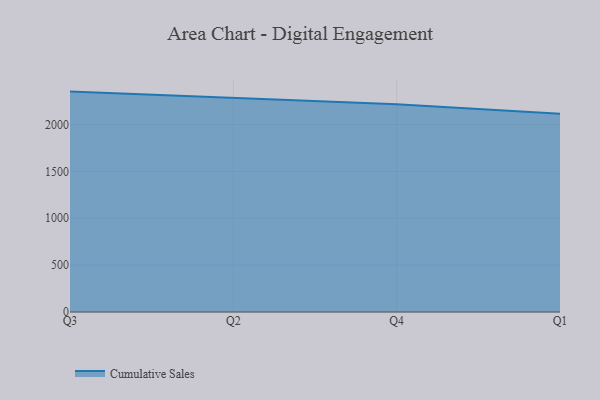
{"axis": {"x": "Quarter", "y": "Page Views"}, "legend": ["Cumulative Sales"], "data": [{"x": "Q3", "y": 2351.6, "type": "Cumulative Sales"}, {"x": "Q2", "y": 2284.1, "type": "Cumulative Sales"}, {"x": "Q4", "y": 2217.0, "type": "Cumulative Sales"}, {"x": "Q1", "y": 2115.3, "type": "Cumulative Sales"}]}